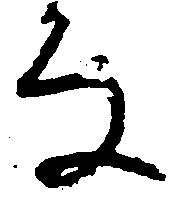
な